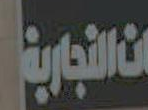
التجارية